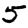
Digit: 5